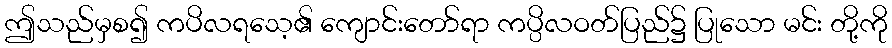
ဤသည်မှစ၍ ကပိလရသေ့၏ ကျောင်းတော်ရာ ကပ္ပိလဝတ်ပြည်၌ ပြုသော မင်း တို့ကို